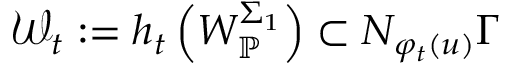
\mathcal { W } _ { t } : = h _ { t } \left( W _ { \mathbb { P } } ^ { \Sigma _ { 1 } } \right) \subset N _ { \varphi _ { t } ( u ) } \Gamma